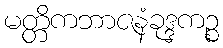
မတ္တိကဘာဇနံခုဒ္ဒကဉ္စ